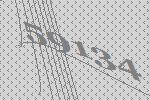
59134